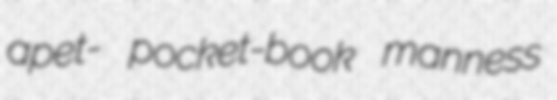
apet- pocket-book manness